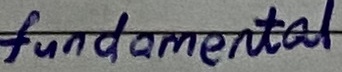
Text: fundamental